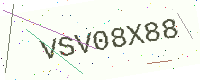
Text: VSV08X88